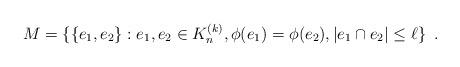
LaTeX: \begin{align*}M = \{\{e_1, e_2\}: e_1, e_2 \in K_{n}^{(k)}, \phi(e_1) = \phi(e_2) , | e_1 \cap e_2| \le \ell \} \enspace .\end{align*}